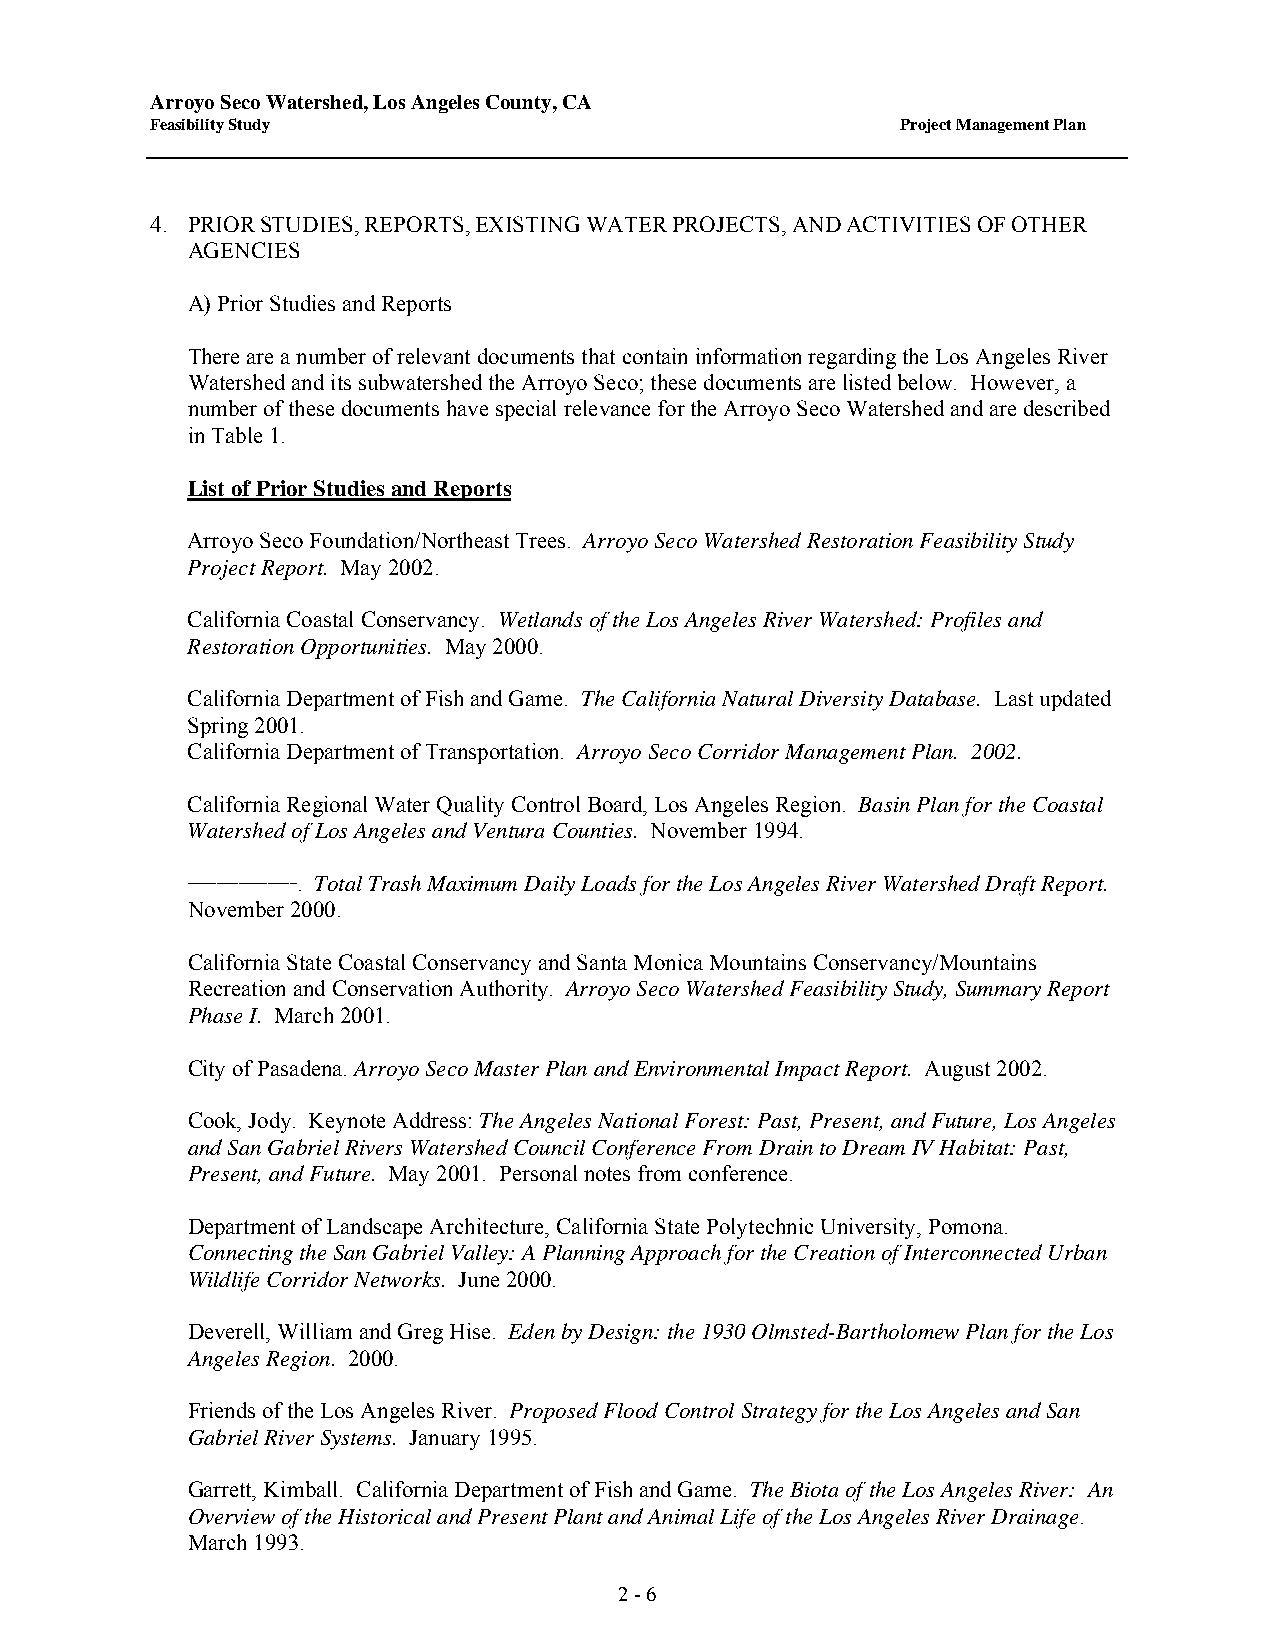
Arroyo Seco Watershed, Los Angeles County, CA
 Feasibility Study                                 Project Management Plan
 4. PRIOR STUDIES, REPORTS, EXISTING WATER PROJECTS, AND ACTIVITIES OF OTHER
 AGENCIES
 A) Prior Studies and Reports
 There are a number of relevant documents that contain information regarding the Los Angeles River
 Watershed and its subwatershed the Arroyo Seco; these documents are listed below. However, a
 number of these documents have special relevance for the Arroyo Seco Watershed and are described
 in Table 1.
 List of Prior Studies and Reports
 Arroyo Seco Foundation/Northeast Trees. Arroyo Seco Watershed Restoration Feasibility Study
 Project Report. May 2002.
 California Coastal Conservancy. Wetlands of the Los Angeles River Watershed: Profiles and
 Restoration Opportunities. May 2000.
 California Department of Fish and Game. The California Natural Diversity Database. Last updated
 Spring 2001.
 California Department of Transportation. Arroyo Seco Corridor Management Plan. 2002.
 California Regional Water Quality Control Board, Los Angeles Region. Basin Plan for the Coastal
 Watershed of Los Angeles and Ventura Counties. November 1994.
 _______________. Total Trash Maximum Daily Loads for the Los Angeles River Watershed Draft Report.
 November 2000.
 California State Coastal Conservancy and Santa Monica Mountains Conservancy/ Mountains
 Recreation and Conservation Authority. Arroyo Seco Watershed Feasibility Study, Summary Report
 Phase I. March 2001.
 City of Pasadena. Arroyo Seco Master Plan and Environmental Impact Report. August 2002.
 Cook, Jody. Keynote Address: The Angeles National Forest: Past, Present, and Future, Los Angeles
 and San Gabriel Rivers Watershed Council Conference From Drain to Dream IV Habitat: Past,
 Present, and Future. May 2001. Personal notes from conference.
 Department of Landscape Architecture, California State Polytechnic University, Pomona.
 Connecting the San Gabriel Valley: A Planning Approach for the Creation of Interconnected Urban
 Wildlife Corridor Networks. June 2000.
 Deverell, William and Greg Hise. Eden by Design: the 1930 Olmsted-Bartholomew Plan for the Los
 Angeles Region. 2000.
 Friends of the Los Angeles River. Proposed Flood Control Strategy for the Los Angeles and San
 Gabriel River Systems. January 1995.
 Garrett, Kimball. California Department of Fish and Game. The Biota of the Los Angeles River: An
 Overview of the Historical and Present Plant and Animal Life of the Los Angeles River Drainage.
 March 1993.
 2 - 6